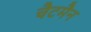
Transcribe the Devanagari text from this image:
चैटमैन